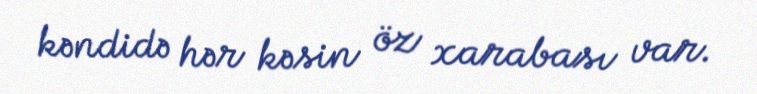
kəndidə hər kəsin öz xarabası var.